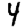
Digit: 4